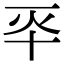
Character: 𠦓